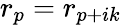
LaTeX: r_{p}=r_{p+ik}